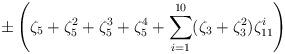
LaTeX: \begin{align*}\pm\left(\zeta_{5}+\zeta_{5}^{2}+\zeta_{5}^{3}+\zeta_{5}^{4}+\sum_{i=1}^{10}(\zeta_{3}+\zeta_{3}^{2})\zeta_{11}^{i}\right)\end{align*}